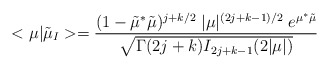
\begin{align*}<\mu|\tilde{\mu}_I>=\frac{(1-\tilde{\mu}^*\tilde{\mu})^{j+k/2}\;|\mu|^{(2j+k-1)/2}\;e^{\mu^*\tilde{\mu}}}{\sqrt{\Gamma(2j+k)I_{2j+k-1}(2|\mu|)}}\end{align*}